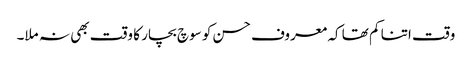
وقت اتنا کم تھا کہ معروف حسن کو سوچ بچار کا وقت بھی نہ ملا۔